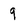
Character: 9